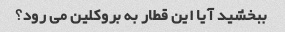
ببخشید آیا این قطار به بروکلین می رود؟